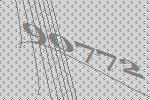
90772